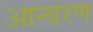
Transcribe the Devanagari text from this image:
आन्वरण